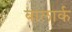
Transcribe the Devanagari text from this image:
बालार्क